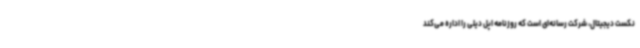
نکست دیجیتال، شرکت رسانه‌ای است که روزنامه اپل دیلی را اداره می‌کند